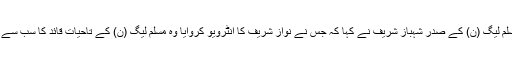
اس موقع پر مسلم لیگ (ن) کے صدر شہباز شریف نے کہا کہ جس نے نواز شریف کا انٹرویو کروایا وہ مسلم لیگ (ن) کے تاحیات قائد کا سب سے بڑا دشمن ہے۔